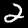
Label: 2